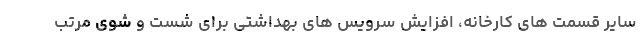
سایر قسمت های کارخانه، افزایش سرویس های بهداشتی برای شست و شوی مرتب